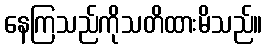
နေကြသည်ကိုသတိထားမိသည်။